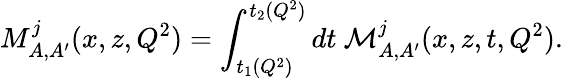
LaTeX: M_{A,A^{\prime}}^{j}(x,z,Q^{2})=\int_{t_{1}(Q^{2})}^{t_{2}(Q^{2})}dt~{\cal M}_{A,A^{\prime}}^{j}(x,z,t,Q^{2}).